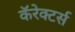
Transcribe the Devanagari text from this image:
कॅरेक्टर्स